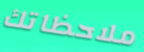
ملاحظاتك